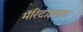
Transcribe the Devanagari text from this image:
मॅरिटाइमस